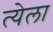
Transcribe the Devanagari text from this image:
त्येला